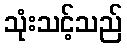
သုံးသင့်သည်